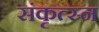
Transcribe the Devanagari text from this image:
संकृत्स्न